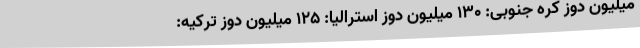
میلیون دوز کره جنوبی: 130 میلیون دوز استرالیا: 125 میلیون دوز ترکیه: